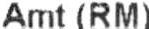
AMT (RM)